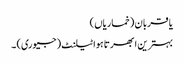
یا قربان (خماریاں )
بہترین ابھرتا ہوا ٹیلنٹ (جیوری) ۔